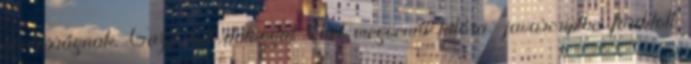
pontosságnak. Gazst két dologgal lehet megvenni kilóra: javascriptbe fordított